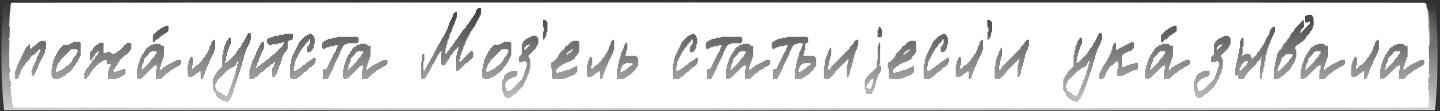
пожа́луйста Моз'ель статьиjесл'и ука́зывала